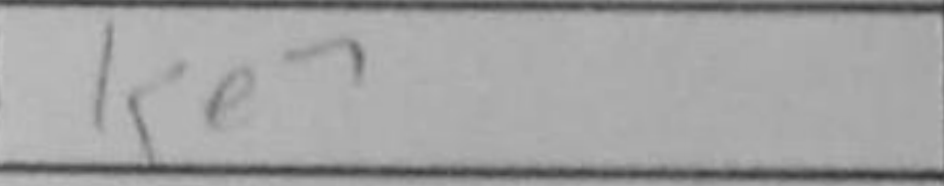
Transcription: Ke7